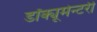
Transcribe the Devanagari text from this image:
डॉक्यूमेन्टरी